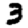
Digit: 3